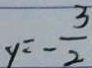
y = - \frac { 3 } { 2 }